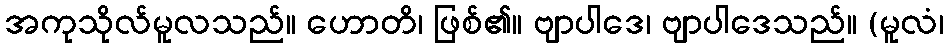
အကုသိုလ်မူလသည်။ ဟောတိ၊ ဖြစ်၏။ ဗျာပါဒေ၊ ဗျာပါဒေသည်။ (မူလံ၊